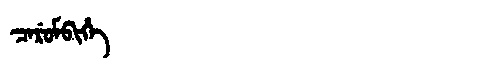
Manchu: ᠴᠠᡵᡠᠮᠪᡳᡥᡝ
Romanization: CARUMBIHE